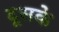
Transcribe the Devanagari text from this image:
दूसके